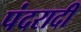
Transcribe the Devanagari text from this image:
पंदरादी